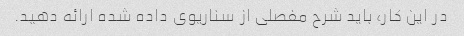
در این کار، باید شرح مفصلی از سناریوی داده شده ارائه دهید.